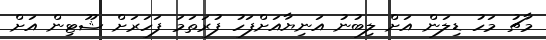
މާޗު މަހު ޑިލަން އަށް ލިބުނު އަނިޔާއަށްފަހު ފުރަތަމަ ފަހަރަށް ޝޫޓިން އަށް